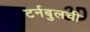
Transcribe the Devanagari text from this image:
टर्नबुलची